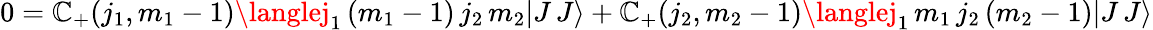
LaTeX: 0=\mathbb{C}_{+}(j_{1},m_{1}-1)\langlej_{1}\, (m_{1}-1)\, j_{2}\, m_{2}|J\, J\rangle+\mathbb{C}_{+}(j_{2},m_{2}-1)\langlej_{1}\, m_{1}\, j_{2}\, (m_{2}-1)|J\, J\rangle